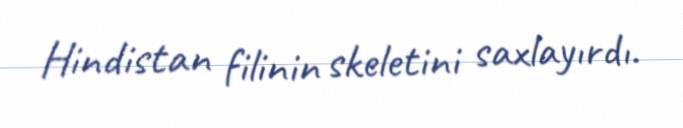
Hindistan filinin skeletini saxlayırdı.